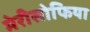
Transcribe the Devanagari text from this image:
मेरीसोफिया